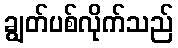
ချွတ်ပစ်လိုက်သည်